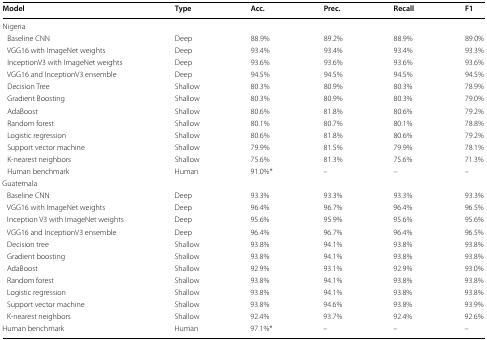
<table><thead><tr><td><b>Model</b></td><td><b>Type</b></td><td><b>Acc.</b></td><td><b>Prec.</b></td><td><b>Recall</b></td><td><b>F1</b></td></tr></thead><tbody><tr><td colspan="6">Nigeria</td></tr><tr><td> Baseline CNN</td><td>Deep</td><td>88.9%</td><td>89.2%</td><td>88.9%</td><td>89.0%</td></tr><tr><td> VGG16 with ImageNet weights</td><td>Deep</td><td>93.4%</td><td>93.4%</td><td>93.4%</td><td>93.3%</td></tr><tr><td> InceptionV3 with ImageNet weights</td><td>Deep</td><td>93.6%</td><td>93.6%</td><td>93.6%</td><td>93.6%</td></tr><tr><td> VGG16 and InceptionV3 ensemble</td><td>Deep</td><td>94.5%</td><td>94.5%</td><td>94.5%</td><td>94.5%</td></tr><tr><td> Decision Tree</td><td>Shallow</td><td>80.3%</td><td>80.9%</td><td>80.3%</td><td>78.9%</td></tr><tr><td> Gradient Boosting</td><td>Shallow</td><td>80.3%</td><td>80.9%</td><td>80.3%</td><td>79.0%</td></tr><tr><td> AdaBoost</td><td>Shallow</td><td>80.6%</td><td>81.8%</td><td>80.6%</td><td>79.2%</td></tr><tr><td> Random forest</td><td>Shallow</td><td>80.1%</td><td>80.7%</td><td>80.1%</td><td>78.8%</td></tr><tr><td> Logistic regression</td><td>Shallow</td><td>80.6%</td><td>81.8%</td><td>80.6%</td><td>79.2%</td></tr><tr><td> Support vector machine</td><td>Shallow</td><td>79.9%</td><td>81.5%</td><td>79.9%</td><td>78.1%</td></tr><tr><td> K-nearest neighbors</td><td>Shallow</td><td>75.6%</td><td>81.3%</td><td>75.6%</td><td>71.3%</td></tr><tr><td> Human benchmark</td><td>Human</td><td>91.0%*</td><td>–</td><td>–</td><td>–</td></tr><tr><td colspan="6">Guatemala</td></tr><tr><td> Baseline CNN</td><td>Deep</td><td>93.3%</td><td>93.3%</td><td>93.3%</td><td>93.3%</td></tr><tr><td> VGG16 with ImageNet weights</td><td>Deep</td><td>96.4%</td><td>96.7%</td><td>96.4%</td><td>96.5%</td></tr><tr><td> Inception V3 with ImageNet weights</td><td>Deep</td><td>95.6%</td><td>95.9%</td><td>95.6%</td><td>95.6%</td></tr><tr><td> VGG16 and InceptionV3 ensemble</td><td>Deep</td><td>96.4%</td><td>96.7%</td><td>96.4%</td><td>96.5%</td></tr><tr><td> Decision tree</td><td>Shallow</td><td>93.8%</td><td>94.1%</td><td>93.8%</td><td>93.8%</td></tr><tr><td> Gradient boosting</td><td>Shallow</td><td>93.8%</td><td>94.1%</td><td>93.8%</td><td>93.8%</td></tr><tr><td> AdaBoost</td><td>Shallow</td><td>92.9%</td><td>93.1%</td><td>92.9%</td><td>93.0%</td></tr><tr><td> Random forest</td><td>Shallow</td><td>93.8%</td><td>94.1%</td><td>93.8%</td><td>93.8%</td></tr><tr><td> Logistic regression</td><td>Shallow</td><td>93.8%</td><td>94.1%</td><td>93.8%</td><td>93.8%</td></tr><tr><td> Support vector machine</td><td>Shallow</td><td>93.8%</td><td>94.6%</td><td>93.8%</td><td>93.9%</td></tr><tr><td> K-nearest neighbors</td><td>Shallow</td><td>92.4%</td><td>93.7%</td><td>92.4%</td><td>92.6%</td></tr><tr><td>Human benchmark</td><td>Human</td><td>97.1%*</td><td>–</td><td>–</td><td>–</td></tr></tbody></table>